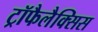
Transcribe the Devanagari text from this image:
ट्रॉफैलैक्सिस